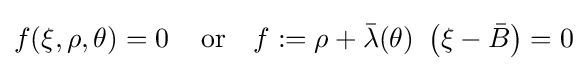
f(\xi ,\rho ,\theta )=0\,\quad {\text{or}}\quad f:=\rho +{\bar {\lambda }}(\theta )~\left(\xi -{\bar {B}}\right)=0